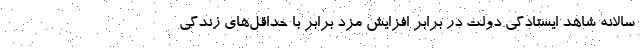
سالانه شاهد ایستادگی دولت در برابر افزایش مزد برابر با حداقل‌های زندگی